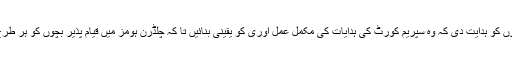
جسٹس ماگرے نے تمام افسروں کو ہدایت دی کہ وہ سپریم کورٹ کی ہدایات کی مکمل عمل آوری کو یقینی بنائیں تا کہ چلڈرن ہومز میں قیام پذیر بچوں کو ہر طرح کا تحفظ فراہم کیا جا سکے ۔